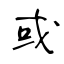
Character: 或